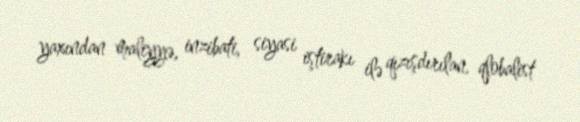
yaxından maliyyə, inzibati, siyasi iştirakı ilə qızışdırılan, qlobalist